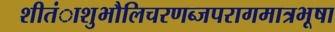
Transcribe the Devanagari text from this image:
शीतंाशुभौलिचरणब्जपरागमात्रभूषा